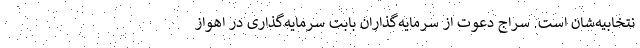
نتخابیه‌شان است. سراج دعوت از سرمایه‌گذاران بابت سرمایه‌گذاری در اهواز